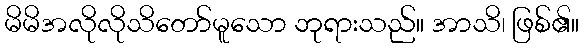
မိမိအလိုလိုသိတော်မူသော ဘုရားသည်။ အာသိ၊ ဖြစ်၏။